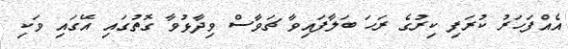
އެއްފަހަރު ކުރަފި ކިރުގެ ރަހަ ބަލާފައިވާ ޗަވާސް ވިދާޅުވާ ގޮތުގައި އޭގައި ވަކި